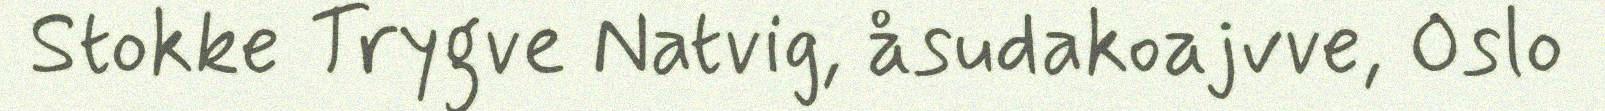
Stokke Trygve Natvig, åsudakoajvve, Oslo